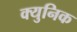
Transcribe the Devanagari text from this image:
क्युनिक